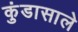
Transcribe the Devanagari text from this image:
कुंडासाले